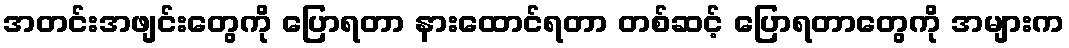
အတင်းအဖျင်းတွေကို ပြောရတာ နားထောင်ရတာ တစ်ဆင့် ပြောရတာတွေကို အများက